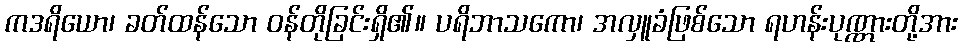
ကဒရိယော၊ ခတ်ထန်သော ဝန်တိုခြင်းရှိ၏။ ပရိဘာသကော၊ အလှူခံဖြစ်သော ရဟန်းပုဏ္ဏားတို့အား